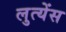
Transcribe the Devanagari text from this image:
लुत्येंस